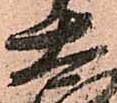
太